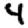
Digit: 4